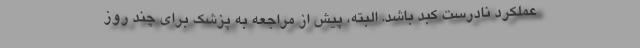
عملکرد نادرست کبد باشد. البته، پیش از مراجعه به پزشک برای چند روز